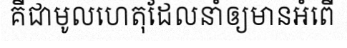
គឺជាមូលហេតុដែលនាំឲ្យមានអំពើ